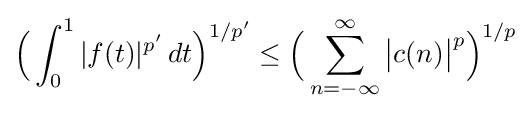
{\Big (}\int _{0}^{1}|f(t)|^{p'}\,dt{\Big )}^{1/p'}\leq {\Big (}\sum _{n=-\infty }^{\infty }{\big |}c(n){\big |}^{p}{\Big )}^{1/p}